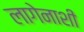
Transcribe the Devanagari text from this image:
लागेनाशी